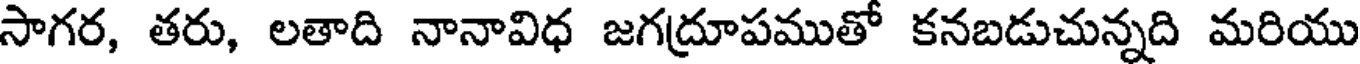
సాగర, తరు, లతాది నానావిధ జగద్రూపముతో కనబడుచున్నది మరియు